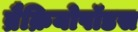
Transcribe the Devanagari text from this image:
ब्रैक्रियोपॉडस